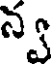
న్వ